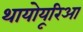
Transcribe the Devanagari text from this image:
थायोयूरिआ